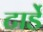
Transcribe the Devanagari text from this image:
टार्डे